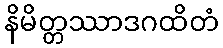
နိမိတ္တဿာဒဂထိတံ